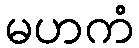
မဟကံ